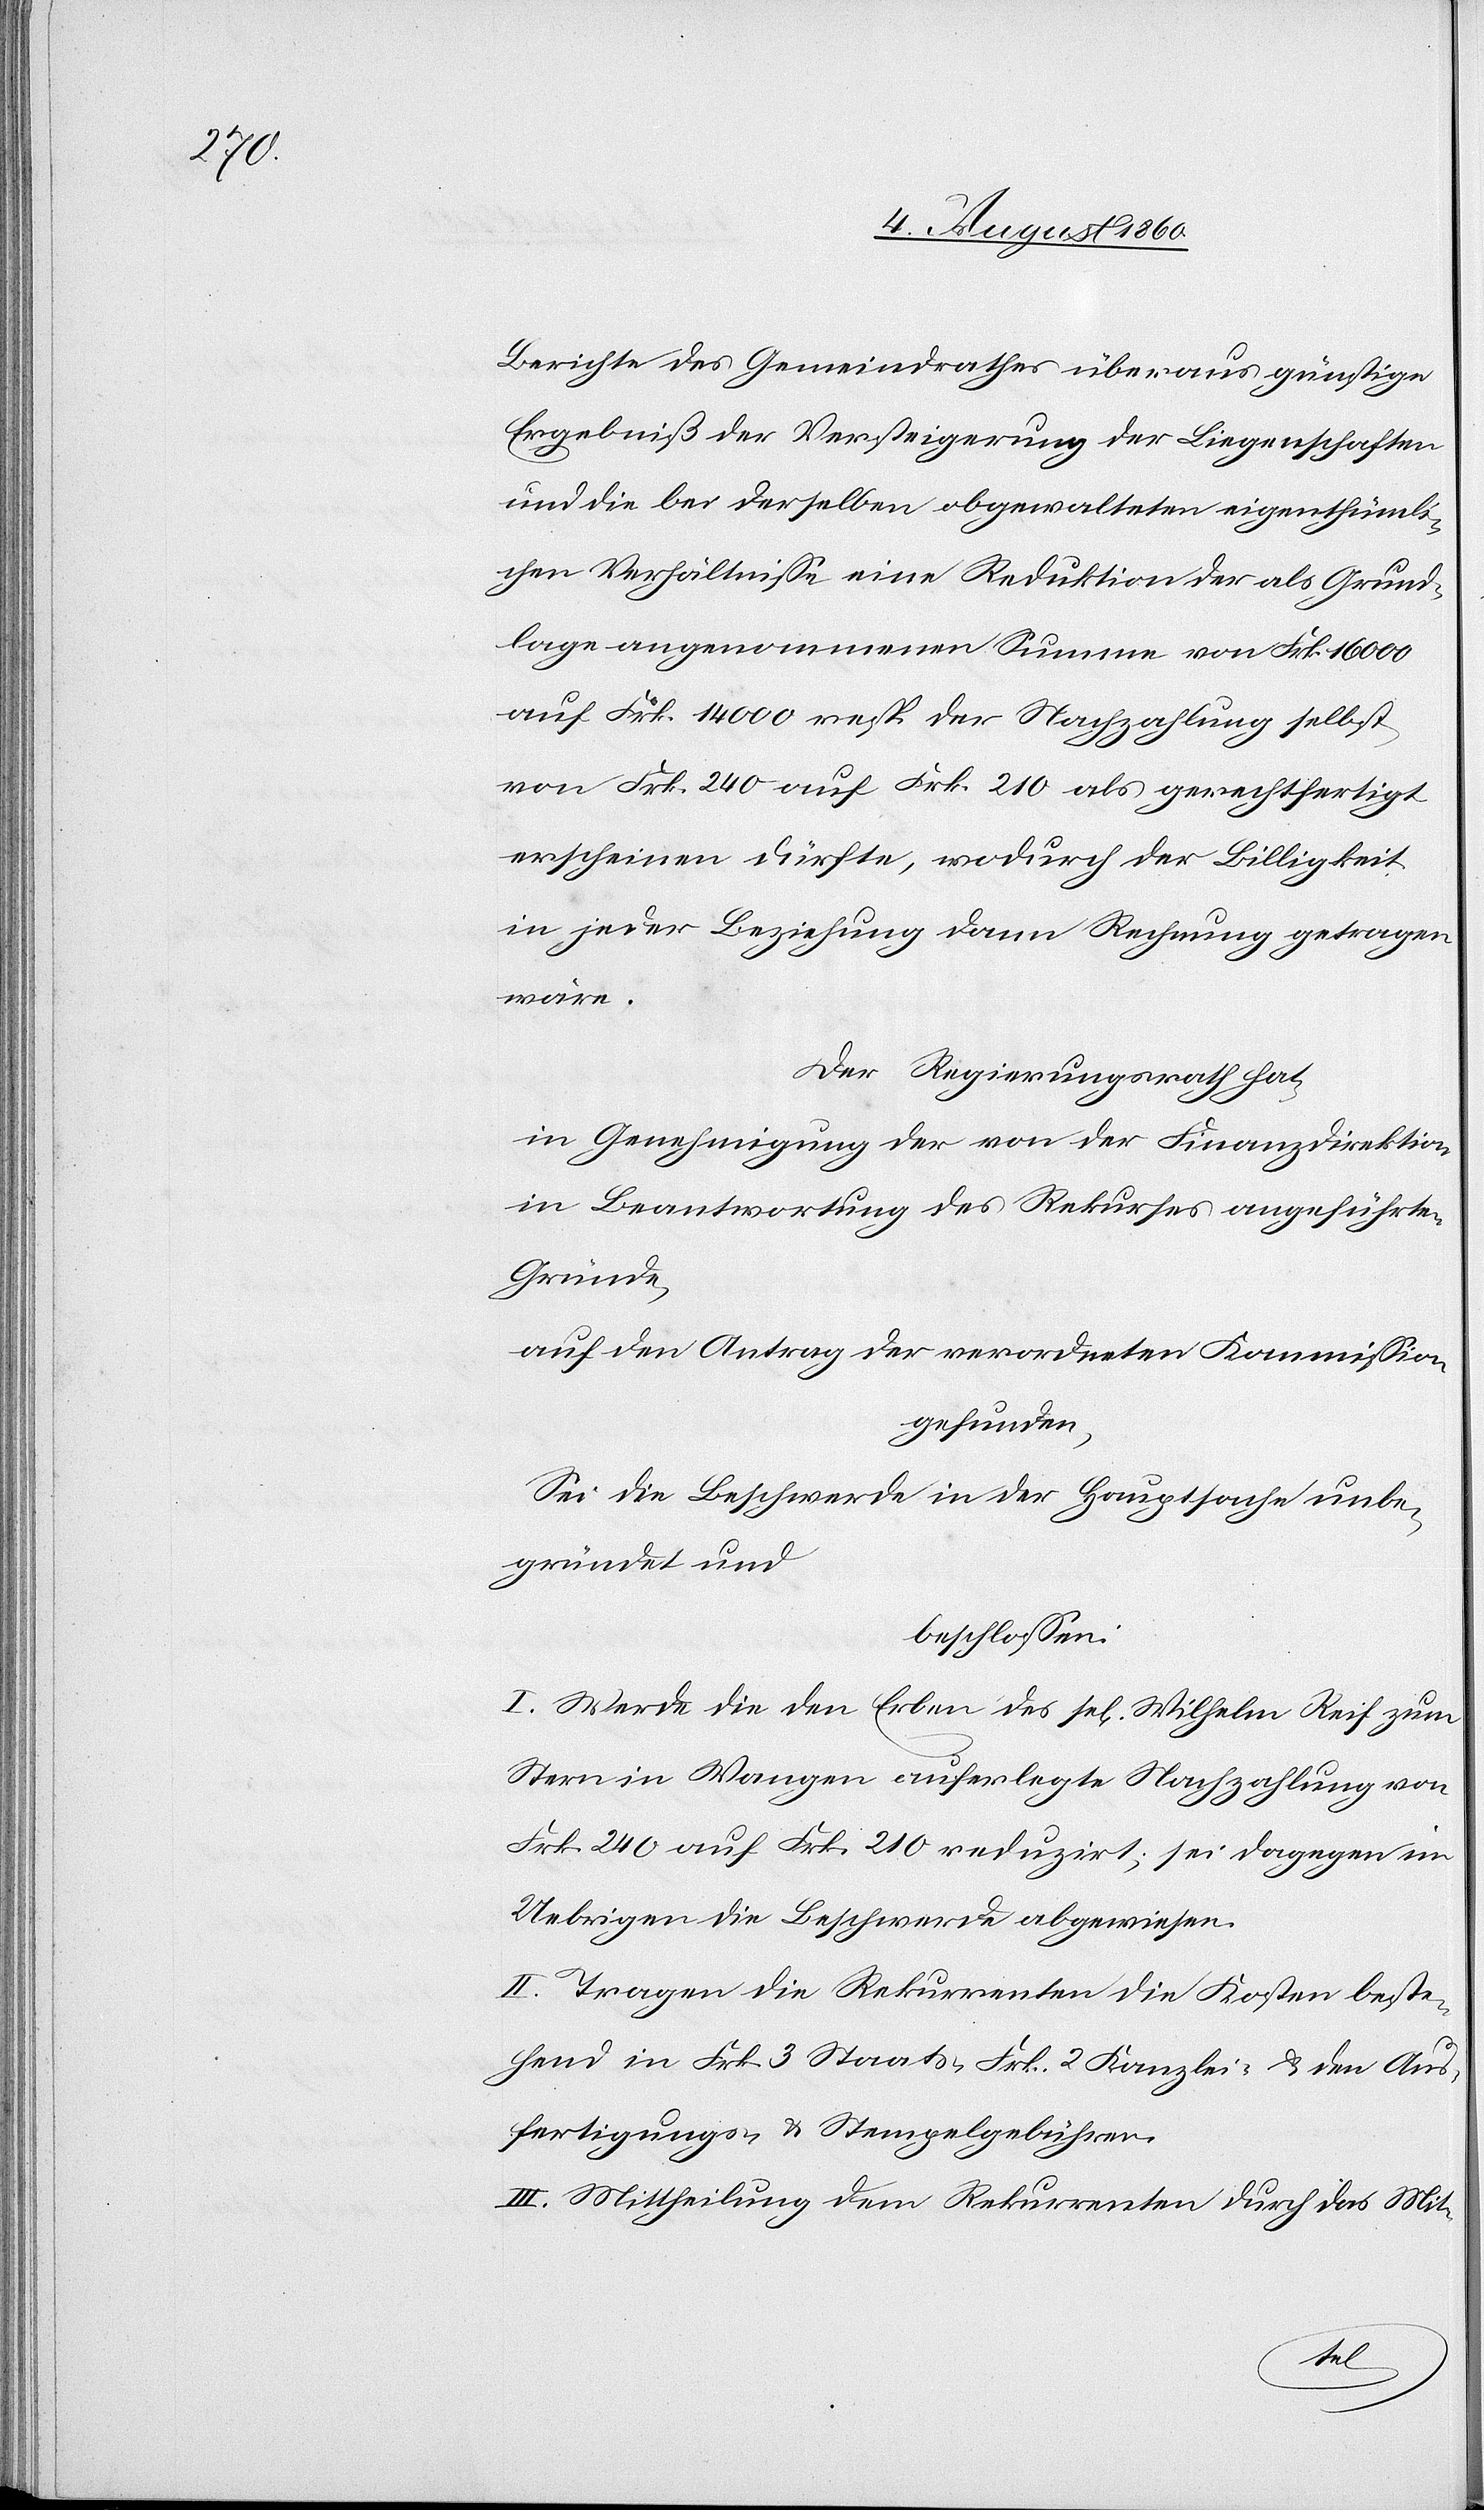
Berichte des Gemeindrathes überaus günstige
Ergebniss der Versteigerung der Liegenschaften
und die bei derselben abgewalteten eigenthümli¬
chen Verhältnisse eine Reduktion der als Grund¬
lage angenommenen Summe von Frk. 16 000,
auf Frk. 14 000 resp. der Nachzahlung selbst
von Frk. 240 auf Frk. 210 als gerechtfertigt
erscheinen dürfte, wodurch der Billigkeit
in jeder Beziehung dann Rechnung getragen
wäre.
Der Regierungsrath hat,
in Genehmigung der von der Finanzdirektion
in Beantwortung des Rekurses angeführten
Gründe,
auf den Antrag der verordneten Kommission
gefunden,
Sei die Beschwerde in der Hauptsache unbe¬
gründet und
beschlossen:
I. Werde die den Erben des sel. Wilhelm Reif zum
Stern in Wangen auferlegte Nachzahlung von
fcs. 240 auf fcs. 210 reduzirt; sei dagegen im
Uebrigen die Beschwerde abgewiesen.
II. Tragen die Rekurrenten die Kosten, beste¬
hend in fcs. 3 Staats- 2. fcs. Kanzlei- nebst den Aus¬
fertigungs- u. Stempelgebühren.
III. Mittheilung dem Rekurrenten durch das Mit¬
des